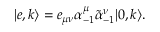
| e , k \rangle = e _ { \mu \nu } \alpha _ { - 1 } ^ { \mu } \tilde { \alpha } _ { - 1 } ^ { \nu } | 0 , k \rangle .